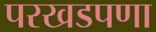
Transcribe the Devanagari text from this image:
परखडपणा